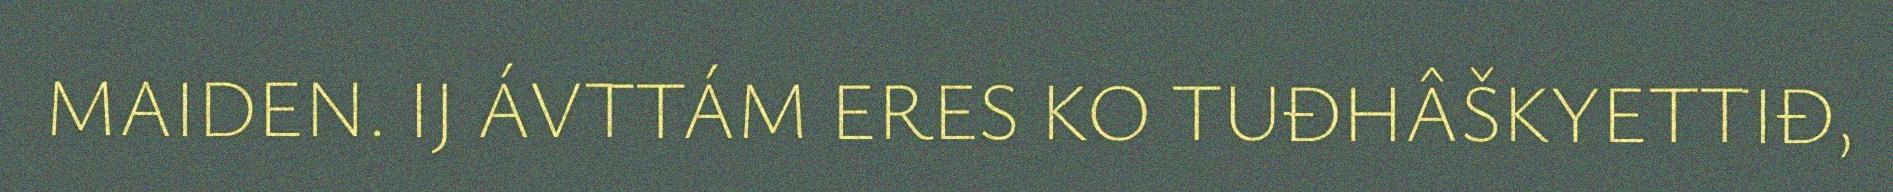
MAIDEN. IJ ÁVTTÁM ERES KO TUĐHÂŠKYETTIĐ,